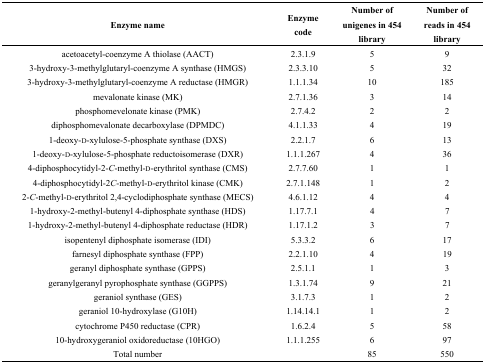
<table><thead><tr><td><b>Enzyme name</b></td><td><b>Enzyme code</b></td><td><b>Number of unigenes in 454 library</b></td><td><b>Number of reads in 454 library</b></td></tr></thead><tbody><tr><td>acetoacetyl-coenzyme A thiolase (AACT)</td><td>2.3.1.9</td><td>5</td><td>9</td></tr><tr><td>3-hydroxy-3-methylglutaryl-coenzyme A synthase (HMGS)</td><td>2.3.3.10</td><td>5</td><td>32</td></tr><tr><td>3-hydroxy-3-methylglutaryl-coenzyme A reductase (HMGR)</td><td>1.1.1.34</td><td>10</td><td>185</td></tr><tr><td>mevalonate kinase (MK)</td><td>2.7.1.36</td><td>3</td><td>14</td></tr><tr><td>phosphomevelonate kinase (PMK)</td><td>2.7.4.2</td><td>2</td><td>2</td></tr><tr><td>diphosphomevalonate decarboxylase (DPMDC)</td><td>4.1.1.33</td><td>4</td><td>19</td></tr><tr><td>1-deoxy-d-xylulose-5-phosphate synthase (DXS)</td><td>2.2.1.7</td><td>6</td><td>13</td></tr><tr><td>1-deoxy-d-xylulose-5-phosphate reductoisomerase (DXR)</td><td>1.1.1.267</td><td>4</td><td>36</td></tr><tr><td>4-diphosphocytidyl-2-<i>C</i>-methyl-d-erythritol synthase (CMS)</td><td>2.7.7.60</td><td>1</td><td>1</td></tr><tr><td>4-diphosphocytidyl-2<i>C</i>-methyl-d-erythritol kinase (CMK)</td><td>2.7.1.148</td><td>1</td><td>2</td></tr><tr><td>2-<i>C</i>-methyl-d-erythritol 2,4-cyclodiphosphate synthase (MECS)</td><td>4.6.1.12</td><td>4</td><td>4</td></tr><tr><td>1-hydroxy-2-methyl-butenyl 4-diphosphate synthase (HDS)</td><td>1.17.7.1</td><td>4</td><td>7</td></tr><tr><td>1-hydroxy-2-methyl-butenyl 4-diphosphate reductase (HDR)</td><td>1.17.1.2</td><td>3</td><td>7</td></tr><tr><td>isopentenyl diphosphate isomerase (IDI)</td><td>5.3.3.2</td><td>6</td><td>17</td></tr><tr><td>farnesyl diphosphate synthase (FPP)</td><td>2.2.1.10</td><td>4</td><td>19</td></tr><tr><td>geranyl diphosphate synthase (GPPS)</td><td>2.5.1.1</td><td>1</td><td>3</td></tr><tr><td>geranylgeranyl pyrophosphate synthase (GGPPS)</td><td>1.3.1.74</td><td>9</td><td>21</td></tr><tr><td>geraniol synthase (GES)</td><td>3.1.7.3</td><td>1</td><td>2</td></tr><tr><td>geraniol 10-hydroxylase (G10H)</td><td>1.14.14.1</td><td>1</td><td>2</td></tr><tr><td>cytochrome P450 reductase (CPR)</td><td>1.6.2.4</td><td>5</td><td>58</td></tr><tr><td>10-hydroxygeraniol oxidoreductase (10HGO)</td><td>1.1.1.255</td><td>6</td><td>97</td></tr><tr><td>Total number</td><td></td><td>85</td><td>550</td></tr></tbody></table>